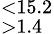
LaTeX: ^{<15.2}_{>1.4}